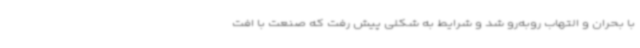
با بحران و التهاب روبه‌رو شد و شرایط به شکلی پیش رفت که صنعت با افت